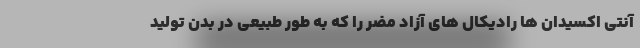
آنتی اکسیدان ها رادیکال های آزاد مضر را که به طور طبیعی در بدن تولید